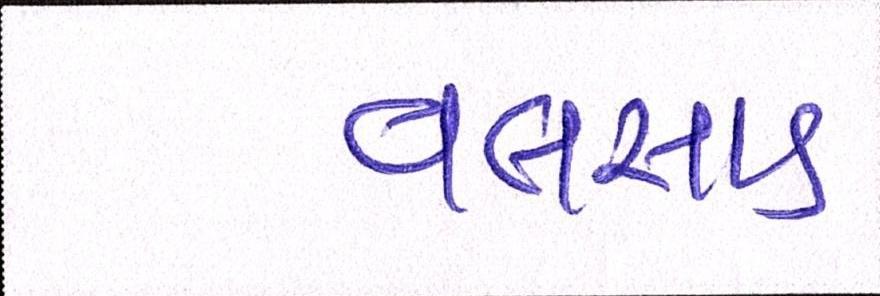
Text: વલસાડ